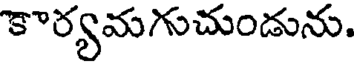
కార్యమగుచుండును.